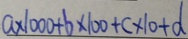
a \times 1 0 0 0 + b \times 1 0 0 + c \times 1 0 + d